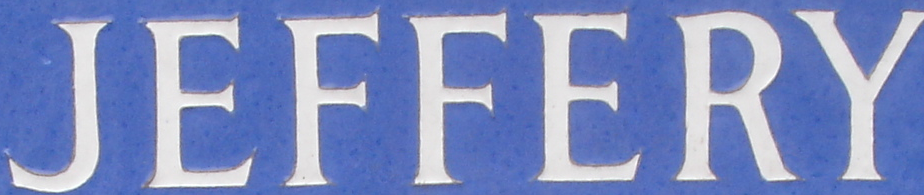
JEFFERY